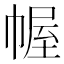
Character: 幄